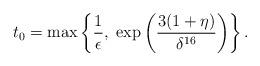
LaTeX: \begin{align*}t_0= \max \left\{\frac1\epsilon,\;\exp\left(\frac{3(1+\eta)}{\delta^{16}}\right)\right\}.\end{align*}